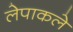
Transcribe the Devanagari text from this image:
लेपाकले